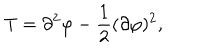
LaTeX: T = \partial ^ { 2 } \varphi - \frac { 1 } { 2 } ( \partial \varphi ) ^ { 2 } ,